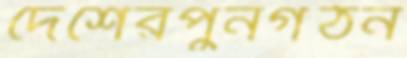
দেশেরপুনর্গঠন